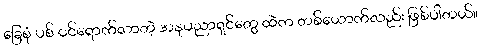
ခြေစုံ ပစ် ဝင်ရောက်လာတဲ့ အနုပညာရှင်တွေ ထဲက တစ်ယောက်လည်း ဖြစ်ပါတယ်။